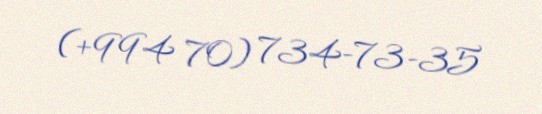
(+994 70) 734-73-35